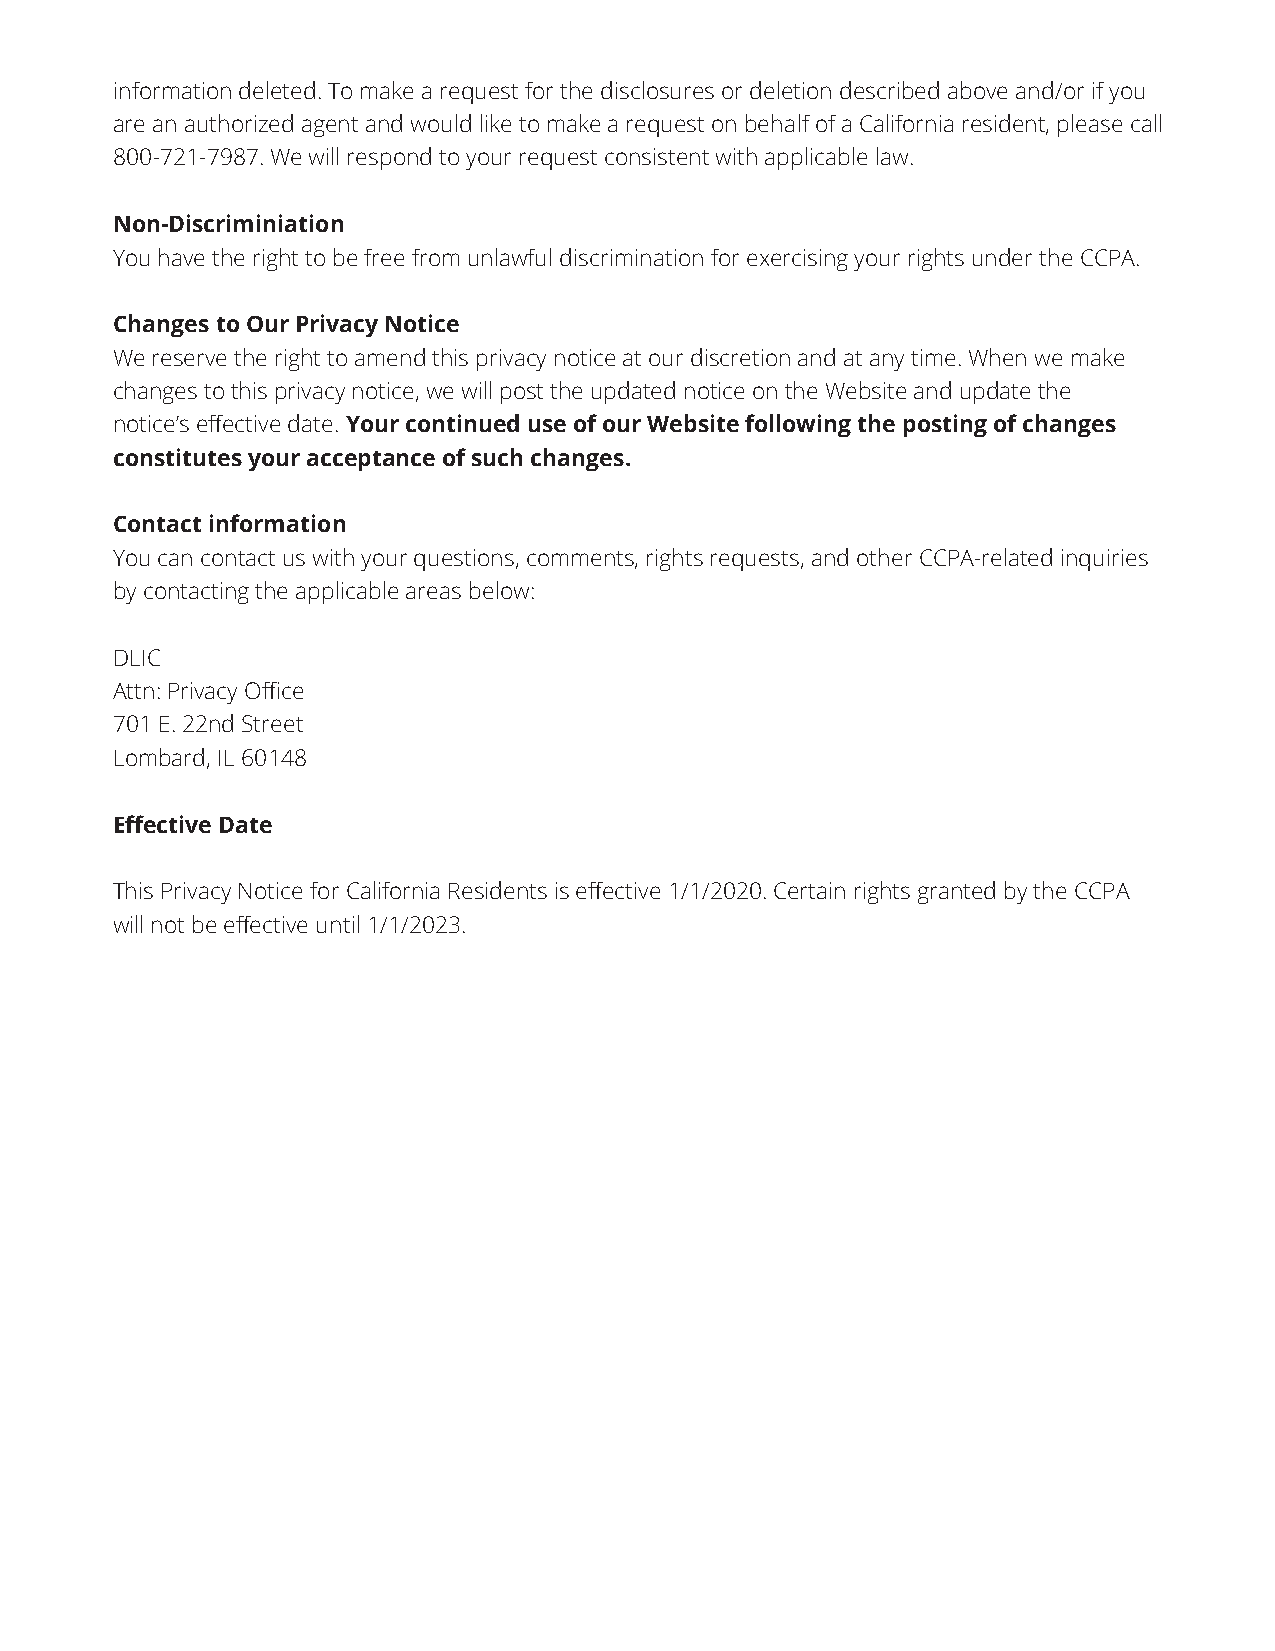
information deleted. To make a request for the disclosures or deletion described above and/or if you
 are an authorized agent and would like to make a request on behalf of a California resident, please call
 800-721-7987. We will respond to your request consistent with applicable law.
 Non-Discriminiation
 You have the right to be free from unlawful discrimination for exercising your rights under the CCPA.
 Changes to Our Privacy Notice
 We reserve the right to amend this privacy notice at our discretion and at any time. When we make
 changes to this privacy notice, we will post the updated notice on the Website and update the
 notice’s effective date. Your continued use of our Website following the posting of changes
 constitutes your acceptance of such changes.
 Contact information
 You can contact us with your questions, comments, rights requests, and other CCPA-related inquiries
 by contacting the applicable areas below:
 DLIC
 Attn: Privacy Office
 701 E. 22nd Street
 Lombard, IL 60148
 Effective Date
 This Privacy Notice for California Residents is effective 1/1/2020. Certain rights granted by the CCPA
 will not be effective until 1/1/2023.